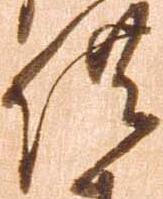
供